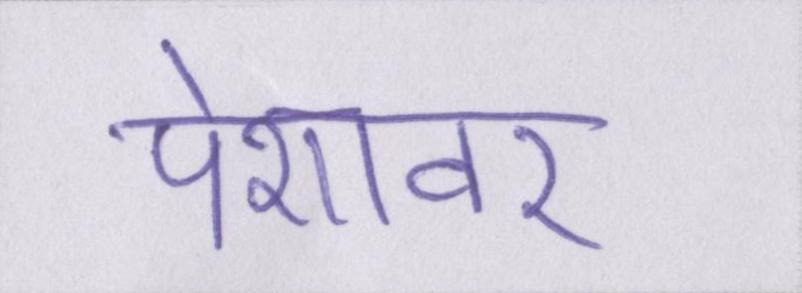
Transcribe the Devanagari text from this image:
पेशावर